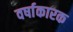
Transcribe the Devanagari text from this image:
वर्षाकारक